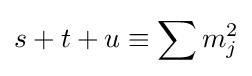
s+t+u\equiv \sum m_{j}^{2}